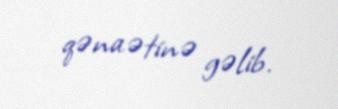
qənaətinə gəlib.